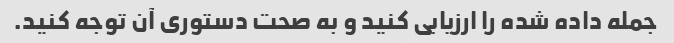
جمله داده شده را ارزیابی کنید و به صحت دستوری آن توجه کنید.